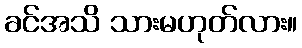
ခင်အသိ သားမဟုတ်လား။